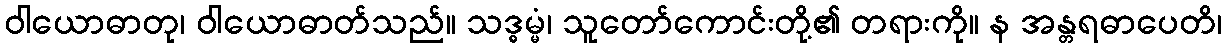
ဝါယောဓာတု၊ ဝါယောဓာတ်သည်။ သဒ္ဓမ္မံ၊ သူတော်ကောင်းတို့၏ တရားကို။ န အန္တရဓာပေတိ၊